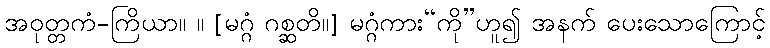
အဝုတ္တကံ-ကြိယာ။ ။ [မဂ္ဂံ ဂစ္ဆတိ။] မဂ္ဂံကား“ကို”ဟူ၍ အနက် ပေးသောကြောင့်